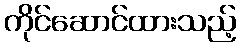
ကိုင်ဆောင်ထားသည့်